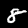
Label: 8